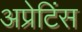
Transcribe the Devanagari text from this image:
अप्रेटिंस